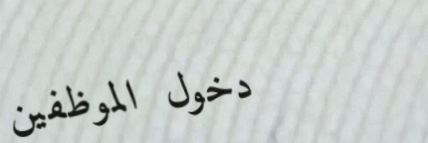
دخول الموظفين